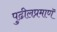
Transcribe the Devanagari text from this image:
पुढीलप्रमाणॅ